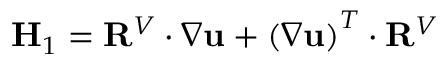
\mathbf { H } _ { 1 } = \mathbf { R } ^ { V } \cdot \nabla \mathbf { u } + \left( \nabla \mathbf { u } \right) ^ { T } \cdot \mathbf { R } ^ { V }